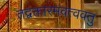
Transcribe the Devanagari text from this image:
तद्वक्तारमवत्ववतु